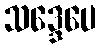
သဒ္ဒေပေ